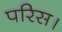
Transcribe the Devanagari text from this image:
परिस।